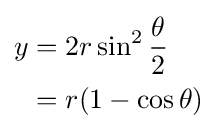
{\begin{aligned}y&=2r\sin ^{2}{\frac {\theta }{2}}\\&=r(1-\cos \theta )\end{aligned}}